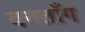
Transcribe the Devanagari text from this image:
वनताँग